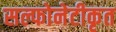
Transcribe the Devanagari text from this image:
सल्फोनेटीकृत